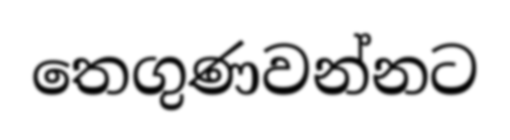
තෙගුණවන්නට